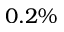
0 . 2 \%